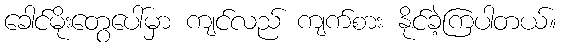
ခေါင်မိုးတွေပေါ်မှာ ကျင်လည် ကျက်စား နိုင်ခဲ့ကြပါတယ်။